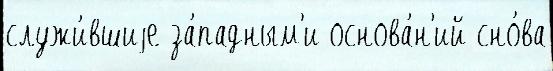
служи́вшиjе за́падным'и основа́н'ий сно́ва